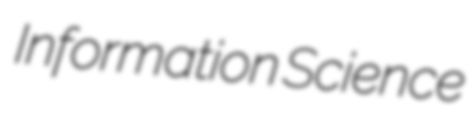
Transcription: Information Science